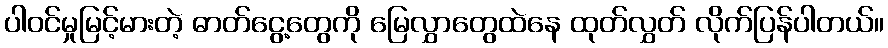
ပါဝင်မှုမြင့်မားတဲ့ ဓာတ်ငွေ့တွေကို မြေလွှာတွေထဲနေ ထုတ်လွှတ် လိုက်ပြန်ပါတယ်။